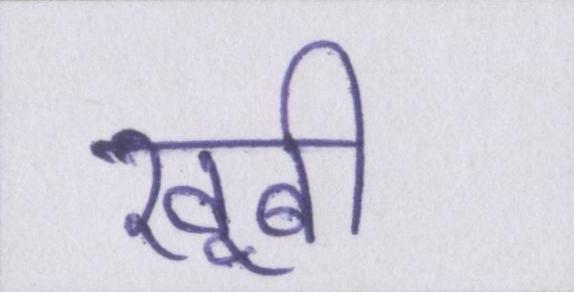
खूबी